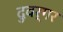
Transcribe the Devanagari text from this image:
दुवर्गर